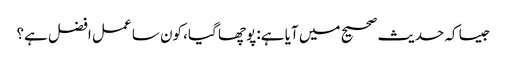
جیسا کہ حدیث صحیح میں آیا ہے: پوچھا گیا، کون سا عمل افضل ہے؟